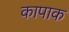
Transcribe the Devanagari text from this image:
कापाक